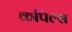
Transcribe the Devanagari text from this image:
कपिल्स